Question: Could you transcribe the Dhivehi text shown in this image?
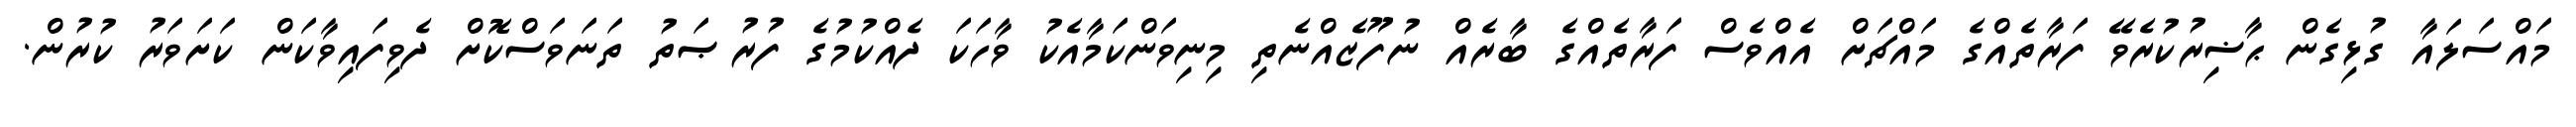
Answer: މައްސަލައާ ގުޅިގެން ޙާޟިރުކުރެވޭ ފަރާތެއްގެ މައްޗަށް އެއްވެސް ފަރާތެއްގެ ބާރެއް ނުފޫޒެއްނެތި މިނިވަންކަމާއެކު ވާހަކަ ދެއްކުމުގެ ފުރުޞަތު ތަނަވަސްކޮށް ދެވިފައިވާކަން ކަށަވަރު ކުރުން.